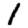
Digit: 1